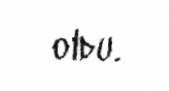
oldu.